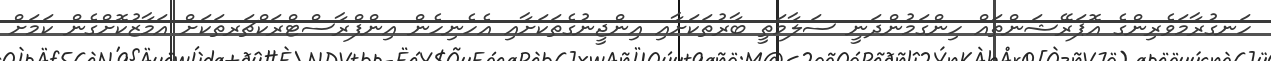
ހަނގުރާމަވެރިންގެ އޮޕަރޭޝަންތައް ހިންގަމުންދަނީ ސަލާމަތީ ބާރުތަކަށާއި އިންޖީނުގެތަކަށާއި އެހެނިހެން އިންފްރާސްޓްރަކްޗަރތަކަށް އަމާޒުކޮށްގެން ކަމަށް